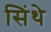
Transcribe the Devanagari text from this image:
सिंथे